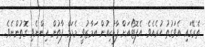
ތެރޭގައި އެވަގުތު ހުރެއެވެ. އެފޮޓޯއަށް ފާޑުކިއުން އަމާޒުވީ މެޑަމް ފާތުން އިންނެވި ގޮތުންނެވެ.